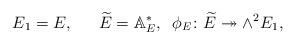
LaTeX: \begin{align*}E_1=E, \quad\;\; \widetilde{E}= \mathbb{A}_E^*, \;\; \phi_E\colon \widetilde{E}\twoheadrightarrow \wedge^2 E_1,\end{align*}